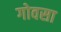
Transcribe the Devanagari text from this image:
गोवसा